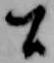
間